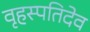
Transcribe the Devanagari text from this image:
वृहस्पतिदेव